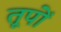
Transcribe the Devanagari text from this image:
तूपों